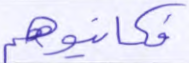
فكاتبوهم